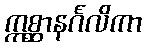
ဣစ္ဆာနင်္ဂလိကာ